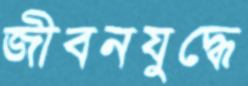
জীবনযুদ্ধে